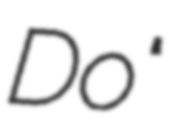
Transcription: Do"